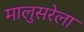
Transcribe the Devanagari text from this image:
मालुसरेला